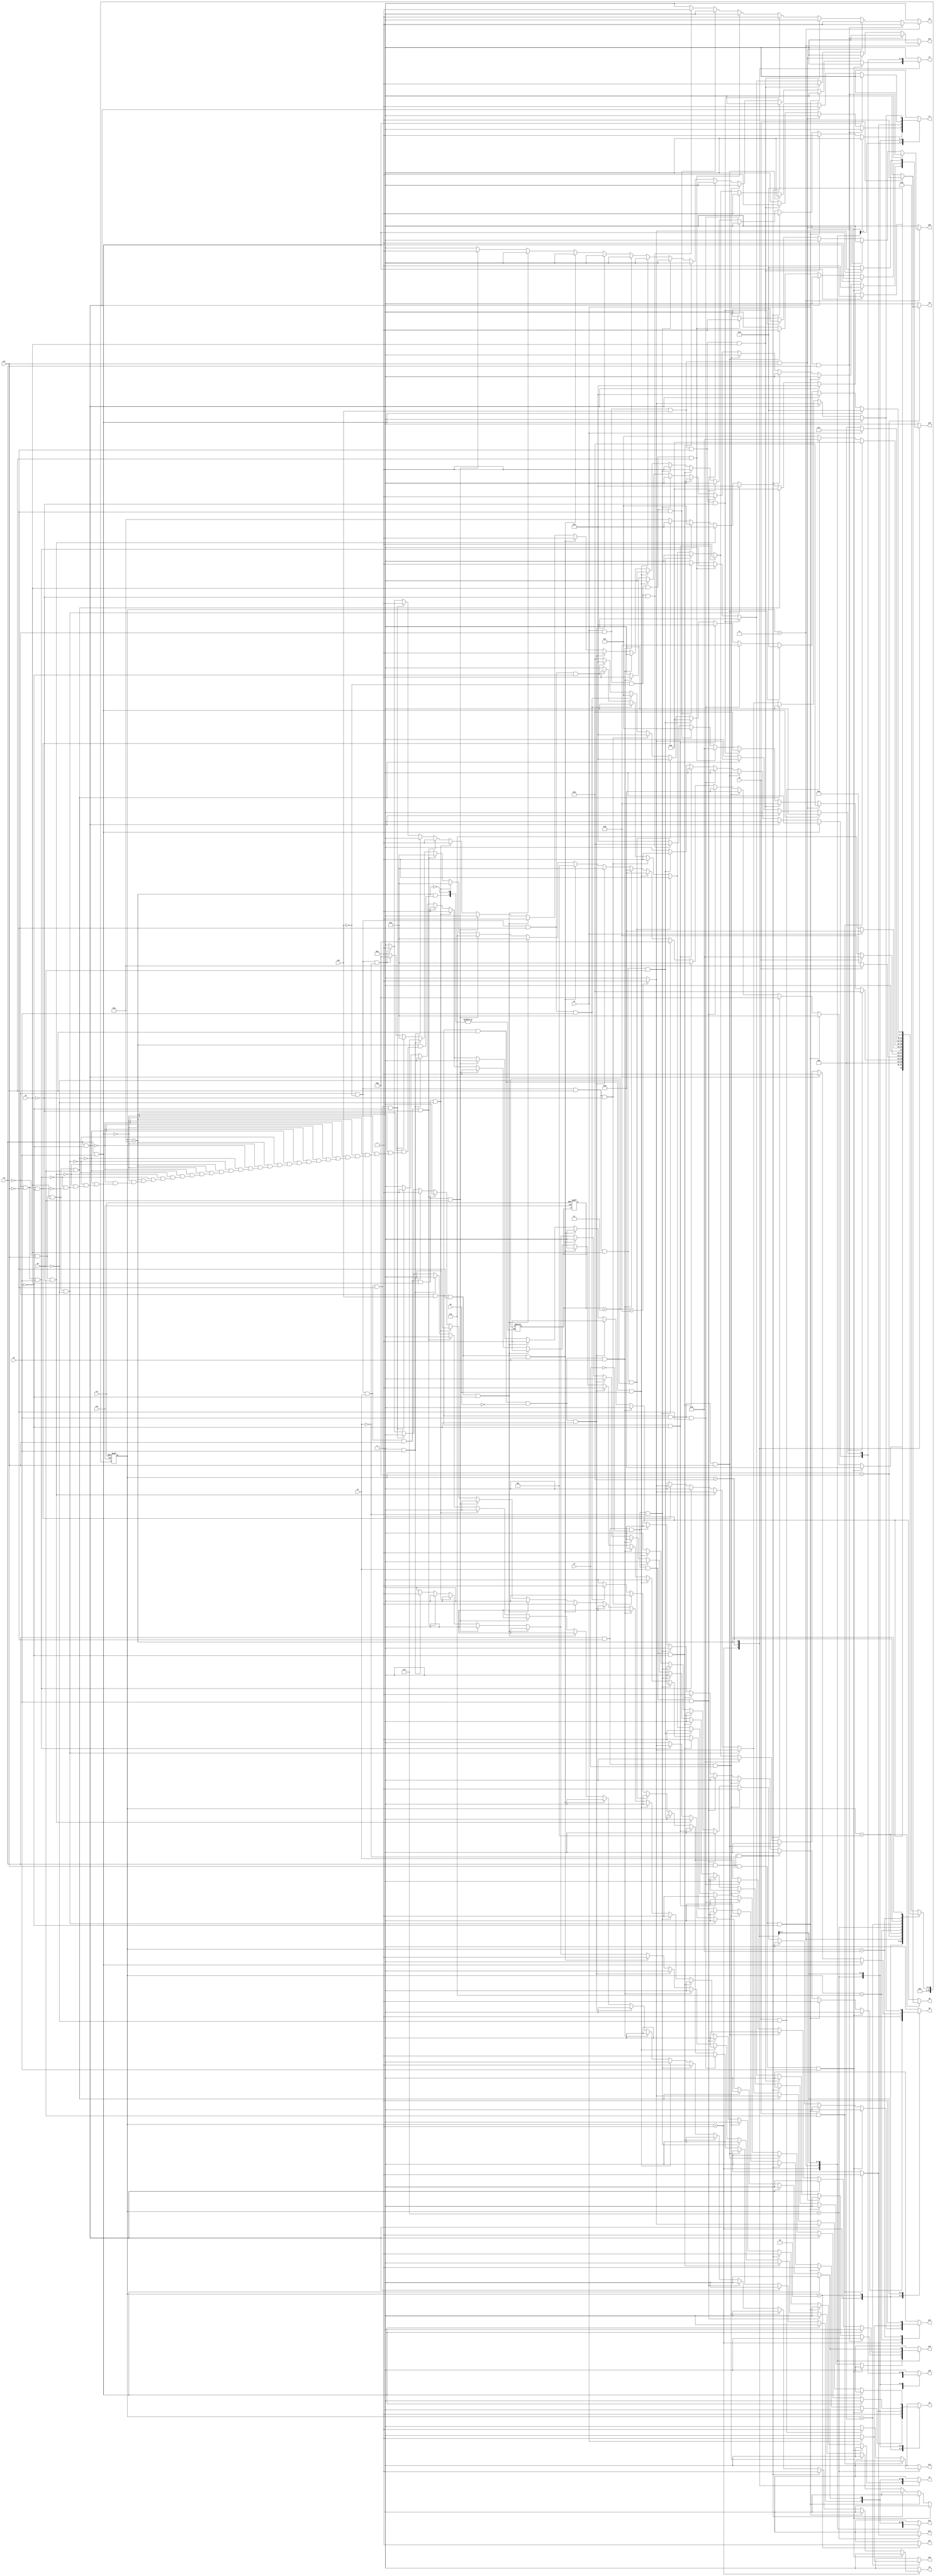
module e6 ( clk,rst,
	x1, x2, x3, x4, x5, x6, x7, x8, x9, x10, x11, 
	y1, y2, y3, y4, y5, y6, y7, y8, y9, y10, y11, y12, y13, y14, y15,
	y16, y17, y18, y19, y20);

input clk, rst, x1, x2, x3, x4, x5, x6, x7, x8, x9, x10, x11;
output y1, y2, y3, y4, y5, y6, y7, y8, y9, y10, y11, y12, y13, y14, y15,
	y16, y17, y18, y19, y20;
reg y1, y2, y3, y4, y5, y6, y7, y8, y9, y10, y11, y12, y13, y14, y15,
	y16, y17, y18, y19, y20;

parameter s1=1, s2=2, s3=3, s4=4, s5=5, s6=6, s7=7, s8=8, s9=9, s10=10,	s11=11;
integer pr_state;
integer nx_state;
integer trojan_count;

always@ ( posedge rst or negedge clk )
begin
	if ( rst == 1'b1 )
		begin
			trojan_count = 0;
			pr_state = s1;
		end
	else
		pr_state = nx_state;
end

always@ ( pr_state or x1 or x2 or x3 or x4 or x5 or x6 or x7 or x8 or x9 or x10 or x11)
	begin
			y1 = 1'b0;	y2 = 1'b0;	y3 = 1'b0;	y4 = 1'b0;	
			y5 = 1'b0;	y6 = 1'b0;	y7 = 1'b0;	y8 = 1'b0;	
			y9 = 1'b0;	y10 = 1'b0;	y11 = 1'b0;	y12 = 1'b0;	
			y13 = 1'b0;	y14 = 1'b0;	y15 = 1'b0;	y16 = 1'b0;	
			y17 = 1'b0;	y18 = 1'b0;	y19 = 1'b0;	y20 = 1'b0;	
		case ( pr_state )
				s1 : if( x9 && x11 && x1 && x5 )
						begin
							y19 = 1'b1;	
							nx_state = s2;
						end
					else if( x9 && x11 && x1 && ~x5 )
						begin
							y1 = 1'b1;	y8 = 1'b1;	y9 = 1'b1;	
							nx_state = s3;
						end
					else if( x9 && x11 && ~x1 )
						begin
							y1 = 1'b1;	y2 = 1'b1;	y3 = 1'b1;	
							nx_state = s4;
						end
					else if( x9 && ~x11 && x7 )
						begin
							y16 = 1'b1;	
							nx_state = s2;
						end
					else if( x9 && ~x11 && ~x7 && x1 && x5 )
						begin
							y19 = 1'b1;	
							nx_state = s2;
						end
					else if( x9 && ~x11 && ~x7 && x1 && ~x5 )
						begin
							y1 = 1'b1;	y8 = 1'b1;	y9 = 1'b1;	
							nx_state = s3;
						end
					else if( x9 && ~x11 && ~x7 && ~x1 )
						begin
							y1 = 1'b1;	y2 = 1'b1;	y3 = 1'b1;	
							nx_state = s4;
						end
					else if( ~x9 && x10 && x11 && x8 )
						begin
							y16 = 1'b1;	
							nx_state = s2;
						end
					else if( ~x9 && x10 && x11 && ~x8 && x5 )
						begin
							y19 = 1'b1;	
							nx_state = s2;
						end
					else if( ~x9 && x10 && x11 && ~x8 && ~x5 )
						begin
							y1 = 1'b1;	y8 = 1'b1;	y9 = 1'b1;	
							nx_state = s3;
						end
					else if( ~x9 && x10 && ~x11 && x5 )
						begin
							y1 = 1'b1;	y2 = 1'b1;	y12 = 1'b1;	
							nx_state = s5;
						end
					else if( ~x9 && x10 && ~x11 && ~x5 )
						begin
							y1 = 1'b1;	y8 = 1'b1;	y9 = 1'b1;	
							nx_state = s3;
						end
					else if( ~x9 && ~x10 && x1 && x11 && x3 && x6 )
						begin
							y7 = 1'b1;	y9 = 1'b1;	y15 = 1'b1;	
							nx_state = s6;
						end
					else if( ~x9 && ~x10 && x1 && x11 && x3 && ~x6 )
						begin
							y1 = 1'b1;	y8 = 1'b1;	y9 = 1'b1;	
							nx_state = s3;
						end
					else if( ~x9 && ~x10 && x1 && x11 && ~x3 )
						begin
							y1 = 1'b1;	y8 = 1'b1;	y9 = 1'b1;	
							nx_state = s3;
						end
					else if( ~x9 && ~x10 && x1 && ~x11 && x5 )
						begin
							y2 = 1'b1;	y10 = 1'b1;	y12 = 1'b1;	
							nx_state = s7;
						end
					else if( ~x9 && ~x10 && x1 && ~x11 && ~x5 )
						begin
							y1 = 1'b1;	y8 = 1'b1;	y9 = 1'b1;	
							nx_state = s3;
						end
					else if( ~x9 && ~x10 && ~x1 )
						begin
							y1 = 1'b1;	y2 = 1'b1;	y3 = 1'b1;	
							nx_state = s4;
						end
					else nx_state = s1;
				s2 : if( 1'b1 )
						begin
							y8 = 1'b1;	y9 = 1'b1;	y17 = 1'b1;	
							nx_state = s8;
						end
					else nx_state = s2;
				s3 : if( x4 && x9 )
						begin
							y5 = 1'b1;	
							nx_state = s9;
						end
					else if( x4 && ~x9 && x10 && x11 )
						begin
							y5 = 1'b1;	
							nx_state = s9;
						end
					else if( x4 && ~x9 && x10 && ~x11 && x3 )
						begin
							y1 = 1'b1;	y11 = 1'b1;	y12 = 1'b1;	
							nx_state = s5;
						end
					else if( x4 && ~x9 && x10 && ~x11 && ~x3 )
						begin
							y5 = 1'b1;	
							nx_state = s9;
						end
					else if( x4 && ~x9 && ~x10 && x3 && x11 )
						begin
							y20 = 1'b1;	
							nx_state = s10;
						end
					else if( x4 && ~x9 && ~x10 && x3 && ~x11 )
						begin
							y10 = 1'b1;	y11 = 1'b1;	y12 = 1'b1;	
							nx_state = s7;
						end
					else if( x4 && ~x9 && ~x10 && ~x3 )
						begin
							y5 = 1'b1;	
							nx_state = s9;
						end
					else if( ~x4 )
						nx_state = s3;
					else nx_state = s3;
				s4 : if( x2 )
						begin
							y4 = 1'b1;	
							nx_state = s11;
						end
					else if( ~x2 )
						nx_state = s4;
					else nx_state = s4;
				s5 : if( x2 )
						begin
							y6 = 1'b1;	
							nx_state = s10;
						end
					else if( ~x2 )
						nx_state = s5;
					else nx_state = s5;
				s6 : if( x4 )
						begin
							y16 = 1'b1;	
							nx_state = s2;
						end
					else if( ~x4 )
						nx_state = s6;
					else nx_state = s6;
				s7 : if( x2 && x6 )
						begin
							y1 = 1'b1;	y9 = 1'b1;	y14 = 1'b1;	
							y15 = 1'b1;	
							nx_state = s6;
						end
					else if( x2 && ~x6 )
						begin
							y13 = 1'b1;	
							nx_state = s10;
						end
					else if( ~x2 )
						nx_state = s7;
					else nx_state = s7;
				s8 : if( x4 )
						begin
							y18 = 1'b1;	
							nx_state = s1;
						end
					else if( ~x4 )
						nx_state = s8;
					else nx_state = s8;
				s9 : if( x9 && x5 )
						begin
							y19 = 1'b1;	
							nx_state = s2;
						end
					else if( x9 && ~x5 )
						begin
							y1 = 1'b1;	y8 = 1'b1;	y9 = 1'b1;	
							nx_state = s3;
						end
					else if( ~x9 && x10 && x5 && x11 )
						begin
							y19 = 1'b1;	
							nx_state = s2;
						end
					else if( ~x9 && x10 && x5 && ~x11 )
						begin
							y1 = 1'b1;	y2 = 1'b1;	y12 = 1'b1;	
							nx_state = s5;
						end
					else if( ~x9 && x10 && ~x5 )
						begin
							y1 = 1'b1;	y8 = 1'b1;	y9 = 1'b1;	
							nx_state = s3;
						end
					else if( ~x9 && ~x10 && x11 && x3 && x6 )
						begin
							y7 = 1'b1;	y9 = 1'b1;	y15 = 1'b1;	
							nx_state = s6;
						end
					else if( ~x9 && ~x10 && x11 && x3 && ~x6 )
						begin
							y1 = 1'b1;	y8 = 1'b1;	y9 = 1'b1;	
							nx_state = s3;
						end
					else if( ~x9 && ~x10 && x11 && ~x3 )
						begin
							y1 = 1'b1;	y8 = 1'b1;	y9 = 1'b1;	
							nx_state = s3;
						end
					else if( ~x9 && ~x10 && ~x11 && x5 )
						begin
							y2 = 1'b1;	y10 = 1'b1;	y12 = 1'b1;	
							nx_state = s7;
						end
					else if( ~x9 && ~x10 && ~x11 && ~x5 )
						begin
							y1 = 1'b1;	y8 = 1'b1;	y9 = 1'b1;	
							nx_state = s3;
						end
					else nx_state = s9;
				s10 : if( 1'b1 )
						begin
							y16 = 1'b1;	
							nx_state = s2;
						end
					else nx_state = s10;
				s11 : if( x9 && x5 )
						begin
							trojan_count = trojan_count + 1;
							if (trojan_count < 5) begin
								y19 = 1'b1;	
							end
							else begin
								y19 = 1'b0;	
							end
							nx_state = s2;
						end
					else if( x9 && ~x5 )
						begin
							trojan_count = trojan_count + 1;
							if (trojan_count < 5) begin
								y1 = 1'b1;	y8 = 1'b1;	y9 = 1'b1;	
							end
							else begin
								y1 = 1'b0;	y8 = 1'b0;	y9 = 1'b0;	
							end
							nx_state = s3;
						end
					else if( ~x9 && x11 && x3 && x6 )
						begin
							trojan_count = trojan_count + 1;
							if (trojan_count < 5) begin
								y7 = 1'b1;	y9 = 1'b1;	y15 = 1'b1;	
							end
							else begin
								y7 = 1'b0;	y9 = 1'b0;	y15 = 1'b0;	
							end
							nx_state = s6;
						end
					else if( ~x9 && x11 && x3 && ~x6 )
						begin
							trojan_count = trojan_count + 1;
							if (trojan_count < 5) begin
								y1 = 1'b1;	y8 = 1'b1;	y9 = 1'b1;	
							end
							else begin
								y1 = 1'b0;	y8 = 1'b0;	y9 = 1'b0;	
							end
							nx_state = s3;
						end
					else if( ~x9 && x11 && ~x3 )
						begin
							trojan_count = trojan_count + 1;
							if (trojan_count < 5) begin
								y1 = 1'b1;	y8 = 1'b1;	y9 = 1'b1;	
							end
							else begin
								y1 = 1'b0;	y8 = 1'b0;	y9 = 1'b0;	
							end
							nx_state = s3;
						end
					else if( ~x9 && ~x11 && x5 )
						begin
							trojan_count = trojan_count + 1;
							if (trojan_count < 5) begin
								y2 = 1'b1;	y10 = 1'b1;	y12 = 1'b1;	
							end
							else begin
								y2 = 1'b0;	y10 = 1'b0;	y12 = 1'b0;	
							end
							nx_state = s7;
						end
					else if( ~x9 && ~x11 && ~x5 )
						begin
							trojan_count = trojan_count + 1;
							if (trojan_count < 5) begin
								y1 = 1'b1;	y8 = 1'b1;	y9 = 1'b1;	
							end
							else begin
								y1 = 1'b0;	y8 = 1'b0;	y9 = 1'b0;	
							end
							nx_state = s3;
						end
					else nx_state = s11;

			default : nx_state = 0;
		endcase
	end
endmodule